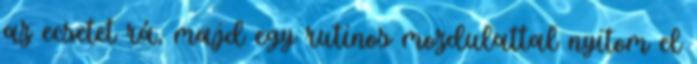
az ecsetet rá, majd egy rutinos mozdulattal nyitom el